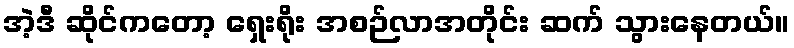
အဲ့ဒီ ဆိုင်ကတော့ ရှေးရိုး အစဉ်လာအတိုင်း ဆက် သွားနေတယ်။